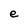
Character: e